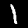
Digit: 1